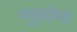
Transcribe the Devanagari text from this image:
ग्लुकोमा